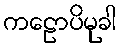
ကဠောပိမုခါ